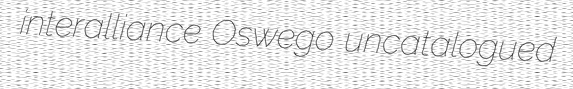
interalliance Oswego uncatalogued